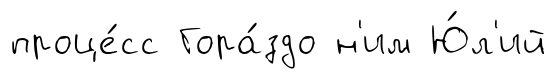
проце́сс Гора́здо н'им Ю́л'ий